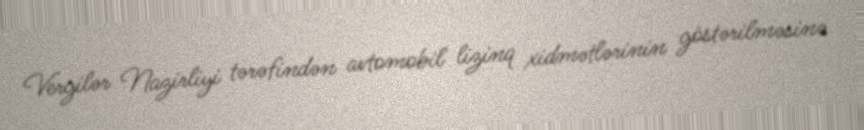
Vergilər Nazirliyi tərəfindən avtomobil lizinq xidmətlərinin göstərilməsinə